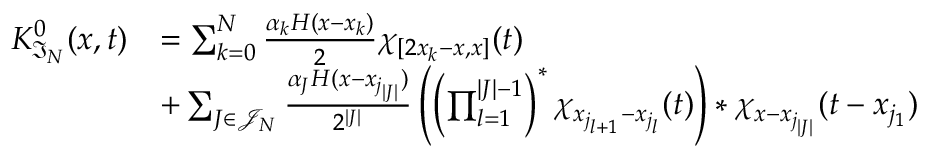
\begin{array} { r l } { K _ { \mathfrak { I } _ { N } } ^ { 0 } ( x , t ) } & { = \sum _ { k = 0 } ^ { N } \frac { \alpha _ { k } H ( x - x _ { k } ) } { 2 } \chi _ { [ 2 x _ { k } - x , x ] } ( t ) } \\ & { + \sum _ { J \in \mathcal { J } _ { N } } \frac { \alpha _ { J } H ( x - x _ { j _ { | J | } } ) } { 2 ^ { | J | } } \left( \left( \prod _ { l = 1 } ^ { | J | - 1 } \right) ^ { \ast } \chi _ { x _ { j _ { l + 1 } } - x _ { j _ { l } } } ( t ) \right) \ast \chi _ { x - x _ { j _ { | J | } } } ( t - x _ { j _ { 1 } } ) } \end{array}